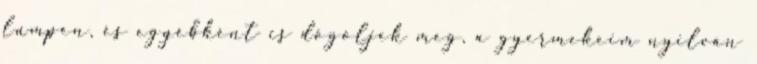
lumpen, és egyébként is dögöljek meg, a gyermekeim nyilván